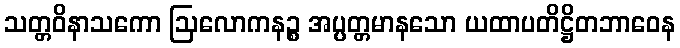
သတ္တဝိနာသကော ဩလောကနဉ္စ အပ္ပတ္တမာနသော ယထာပတိဋ္ဌိတဘာဝေန